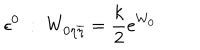
\epsilon ^ { 0 } \; : \; W _ { 0 \eta \overline { { { \eta } } } } = { \frac { k } { 2 } } e ^ { W _ { 0 } }